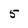
Character: 5